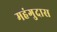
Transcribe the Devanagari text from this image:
महंगुदास